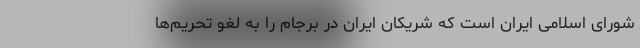
شورای اسلامی ایران است که شریکان ایران در برجام را به لغو تحریم‌ها